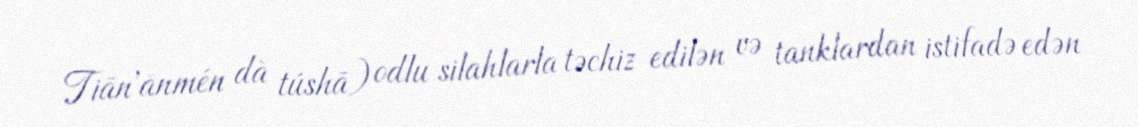
Tiān'ānmén dà túshā) odlu silahlarla təchiz edilən və tanklardan istifadə edən